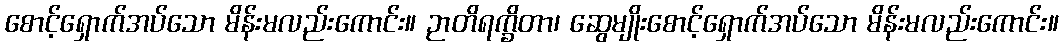
စောင့်ရှောက်အပ်သော မိန်းမလည်းကောင်း။ ဉာတိရက္ခိတာ၊ ဆွေမျိုးစောင့်ရှောက်အပ်သော မိန်းမလည်းကောင်း။